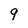
Character: 9